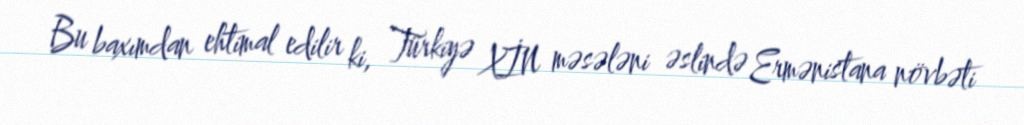
Bu baxımdan ehtimal edilir ki, Türkiyə XİN məsələni əslində Ermənistana növbəti